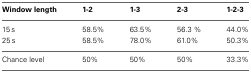
| Window length | 1-2 | 1-3 | 2-3 | 1-2-3 |
 | --- | --- | --- | --- | --- |
 | 15 s | 58.5% | 63.5% | 56.3 % | 44.0% |
 | 25 s | 58.5% | 78.0% | 61.0% | 50.3% |
 | Chance level | 50% | 50% | 50% | 33.3% |